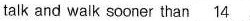
talk and walk sooner than \underline{14}